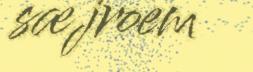
sæjroem